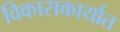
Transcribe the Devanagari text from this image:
विकासकार्यात